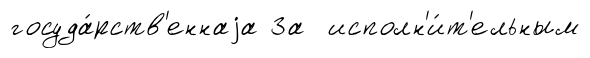
госуда́рств'еннаjа За исполн'и́т'ельным